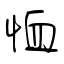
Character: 恤